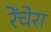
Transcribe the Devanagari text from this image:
रेंचेरा